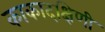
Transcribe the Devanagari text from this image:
काकादक्षिणी